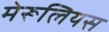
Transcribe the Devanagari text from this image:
मेरूलियस